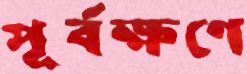
পূর্বক্ষণে